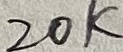
Text: 20K